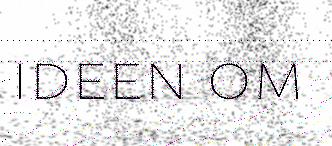
ideen om